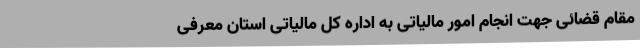
مقام قضائی جهت انجام امور مالیاتی به اداره کل مالیاتی استان معرفی